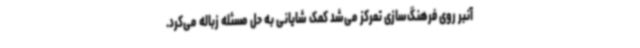
آنبر روی فرهنگ‌سازی تمرکز می‌شد کمک ‌شایانی به حل مسئله زباله می‌کرد.